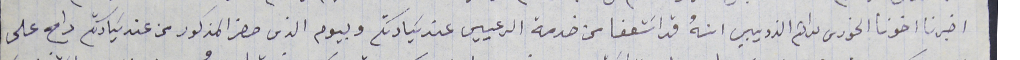
اخبرنا اخونا الخورى بركات الذريبي انهُ قد اسَتعفا من خدمة الرعييى عند سَيادتكم وبيوم الذى حضر المذكور من عند سَيادتكم راح على